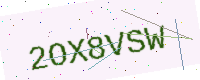
Text: 2OX8VSW